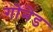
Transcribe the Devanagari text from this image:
गोनेड